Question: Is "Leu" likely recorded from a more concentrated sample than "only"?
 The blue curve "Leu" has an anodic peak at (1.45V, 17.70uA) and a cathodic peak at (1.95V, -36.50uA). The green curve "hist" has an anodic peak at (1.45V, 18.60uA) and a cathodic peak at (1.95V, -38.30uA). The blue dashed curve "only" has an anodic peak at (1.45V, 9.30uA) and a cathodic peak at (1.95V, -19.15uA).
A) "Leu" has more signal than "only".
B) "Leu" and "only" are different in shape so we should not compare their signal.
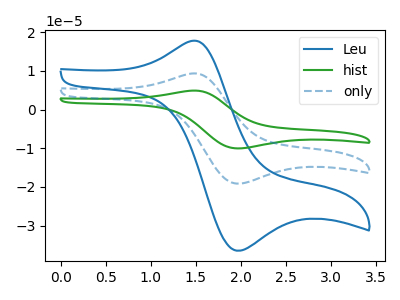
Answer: <think>All the peaks in "Leu" have a peak in "only" at the same potential. Every peak in "Leu" is higher than every peak in "only".
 </think>
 <answer>A) "Leu" has more signal than "only".</answer>
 <eval>A</eval>